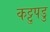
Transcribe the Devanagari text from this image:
कट्टुपडु